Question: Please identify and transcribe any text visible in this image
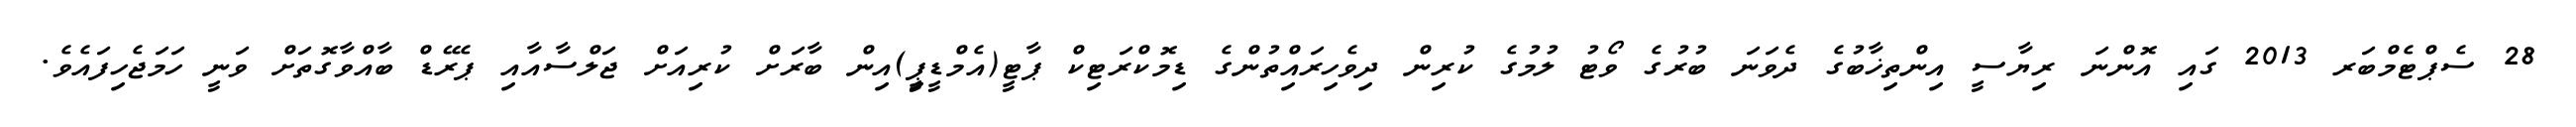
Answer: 28 ސެޕްޓެމްބަރ 2013 ގައި އޮންނަ ރިޔާސީ އިންތިޚާބުގެ ދެވަނަ ބުރުގެ ވޯޓު ލުމުގެ ކުރިން ދިވެހިރައްިތުންގެ ޑިމޮކްރަޓިކް ޕާޓީ(އެމްޑީޕީި)އިން ބާރަށް ކުރިއަށް ޖަލްސާއާއި ޕެރޭޑް ބާއްވާގޮތަށް ވަނީ ހަމަޖެހިފައެވެ.